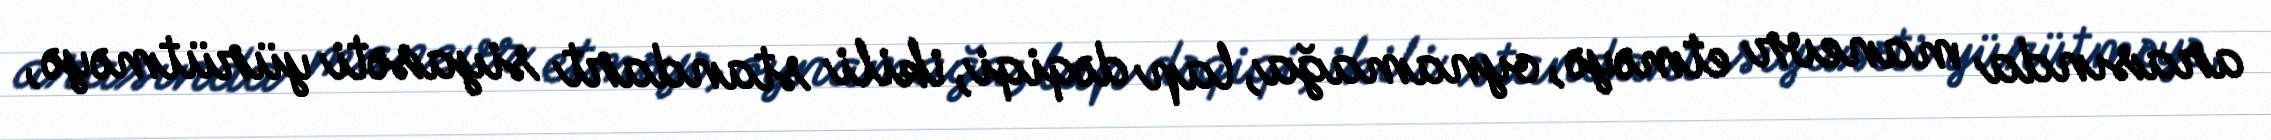
arasında manevr etməyə, oynamağa, lap dəqiqi, ikili standart siyasəti yürütməyə,